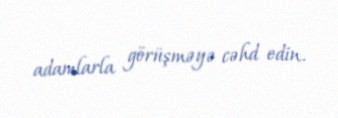
adamlarla görüşməyə cəhd edin.